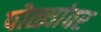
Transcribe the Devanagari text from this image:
पोळ्यांवर